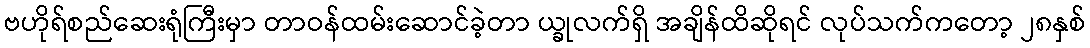
ဗဟိုရ်စည်ဆေးရုံကြီးမှာ တာဝန်ထမ်းဆောင်ခဲ့တာ ယ္ခုလက်ရှိ အချိန်ထိဆိုရင် လုပ်သက်ကတော့ ၂၈နှစ်